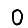
Digit: 0